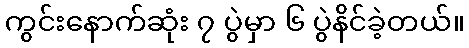
ကွင်းနောက်ဆုံး ၇ ပွဲမှာ ၆ ပွဲနိင်ခဲ့တယ်။